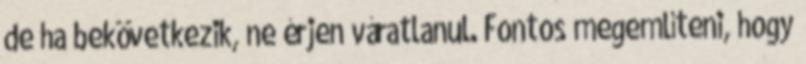
de ha bekövetkezik, ne érjen váratlanul. Fontos megemlíteni, hogy